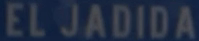
ELJADIDA